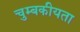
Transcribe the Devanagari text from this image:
चुम्बकीयता